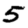
Digit: 5